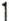
1